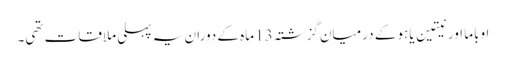
اوباما اور نیتین یاہو کے درمیان گزشتہ 13 ماہ کے دوران یہ پہلی ملاقات تھی۔